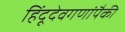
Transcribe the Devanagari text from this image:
हिंदूदेवगणांपैकी